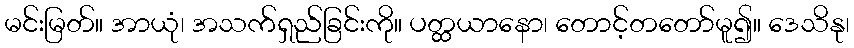
မင်းမြတ်။ အာယုံ၊ အသက်ရှည်ခြင်းကို။ ပတ္ထယာနော၊ တောင့်တတော်မူ၍။ ဒေသိနု၊